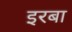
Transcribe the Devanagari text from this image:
इरबा